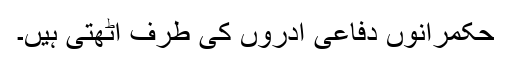
حکمرانوں دفاعی ادروں کی طرف اٹھتی ہیں۔